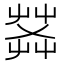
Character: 𦱹